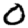
Digit: 0